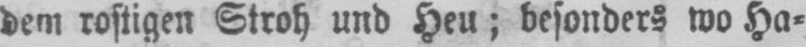
dem rostigen Stroh und Heu; besonders wo Ha⸗